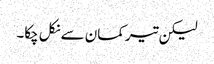
لیکن تیر کمان سے نکل چکا۔